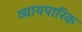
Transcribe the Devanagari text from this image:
व्यायपारिक